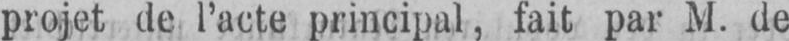
projet de l’acte principal, fait par M. de